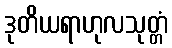
ဒုတိယရာဟုလသုတ္တံ